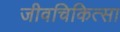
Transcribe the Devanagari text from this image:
जीवचिकित्सा